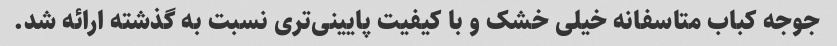
جوجه کباب متاسفانه خیلی خشک و با کیفیت پایینی‌تری نسبت به گذشته ارائه شد.